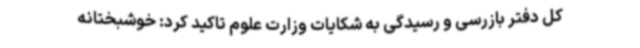
کل دفتر بازرسی و رسیدگی به شکایات وزارت علوم تاکید کرد: خوشبختانه